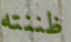
ظننته